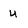
Character: U